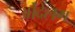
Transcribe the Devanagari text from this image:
ओंदेलग